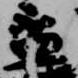
盃